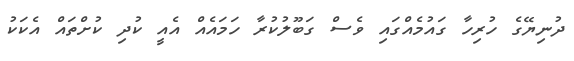
ދުނިޔޭގެ ހުރިހާ ގައުމެއްގައި ވެސް ގަބޫލުކުރާ ހަމައެއް އެއީ ކުދި ކުށްތައް އެކަކު